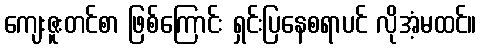
ကျေးဇူးတင်စာ ဖြစ်ကြောင်း ရှင်းပြနေစရာပင် လိုအံ့မထင်။